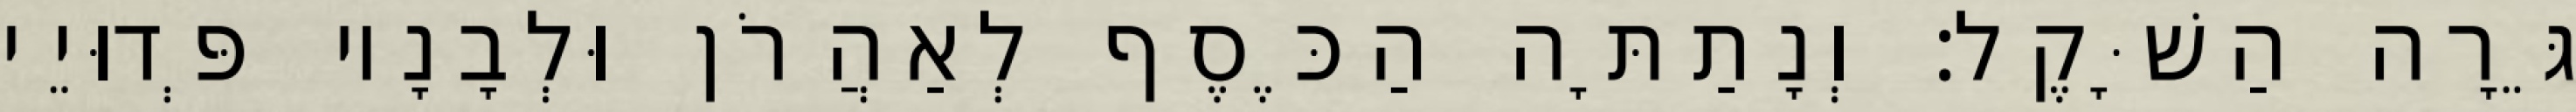
גֵּרָה הַשָּׁקֶל׃ וְנָתַתָּה הַכֶּסֶף לְאַהֲרֹן וּלְבָנָיו פְּדוּיֵי